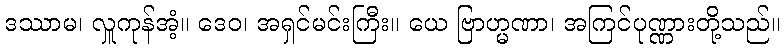
ဒဿာမ၊ လှူကုန်အံ့။ ဒေဝ၊ အရှင်မင်းကြီး။ ယေ ဗြာဟ္မဏာ၊ အကြင်ပုဏ္ဏားတို့သည်။